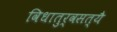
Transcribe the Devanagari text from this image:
विधातुर्वसत्यै